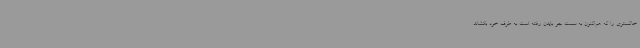
خاکستری را که هم‌اکنون به سمت جو بایدن رفته است به طرف خود بکشاند